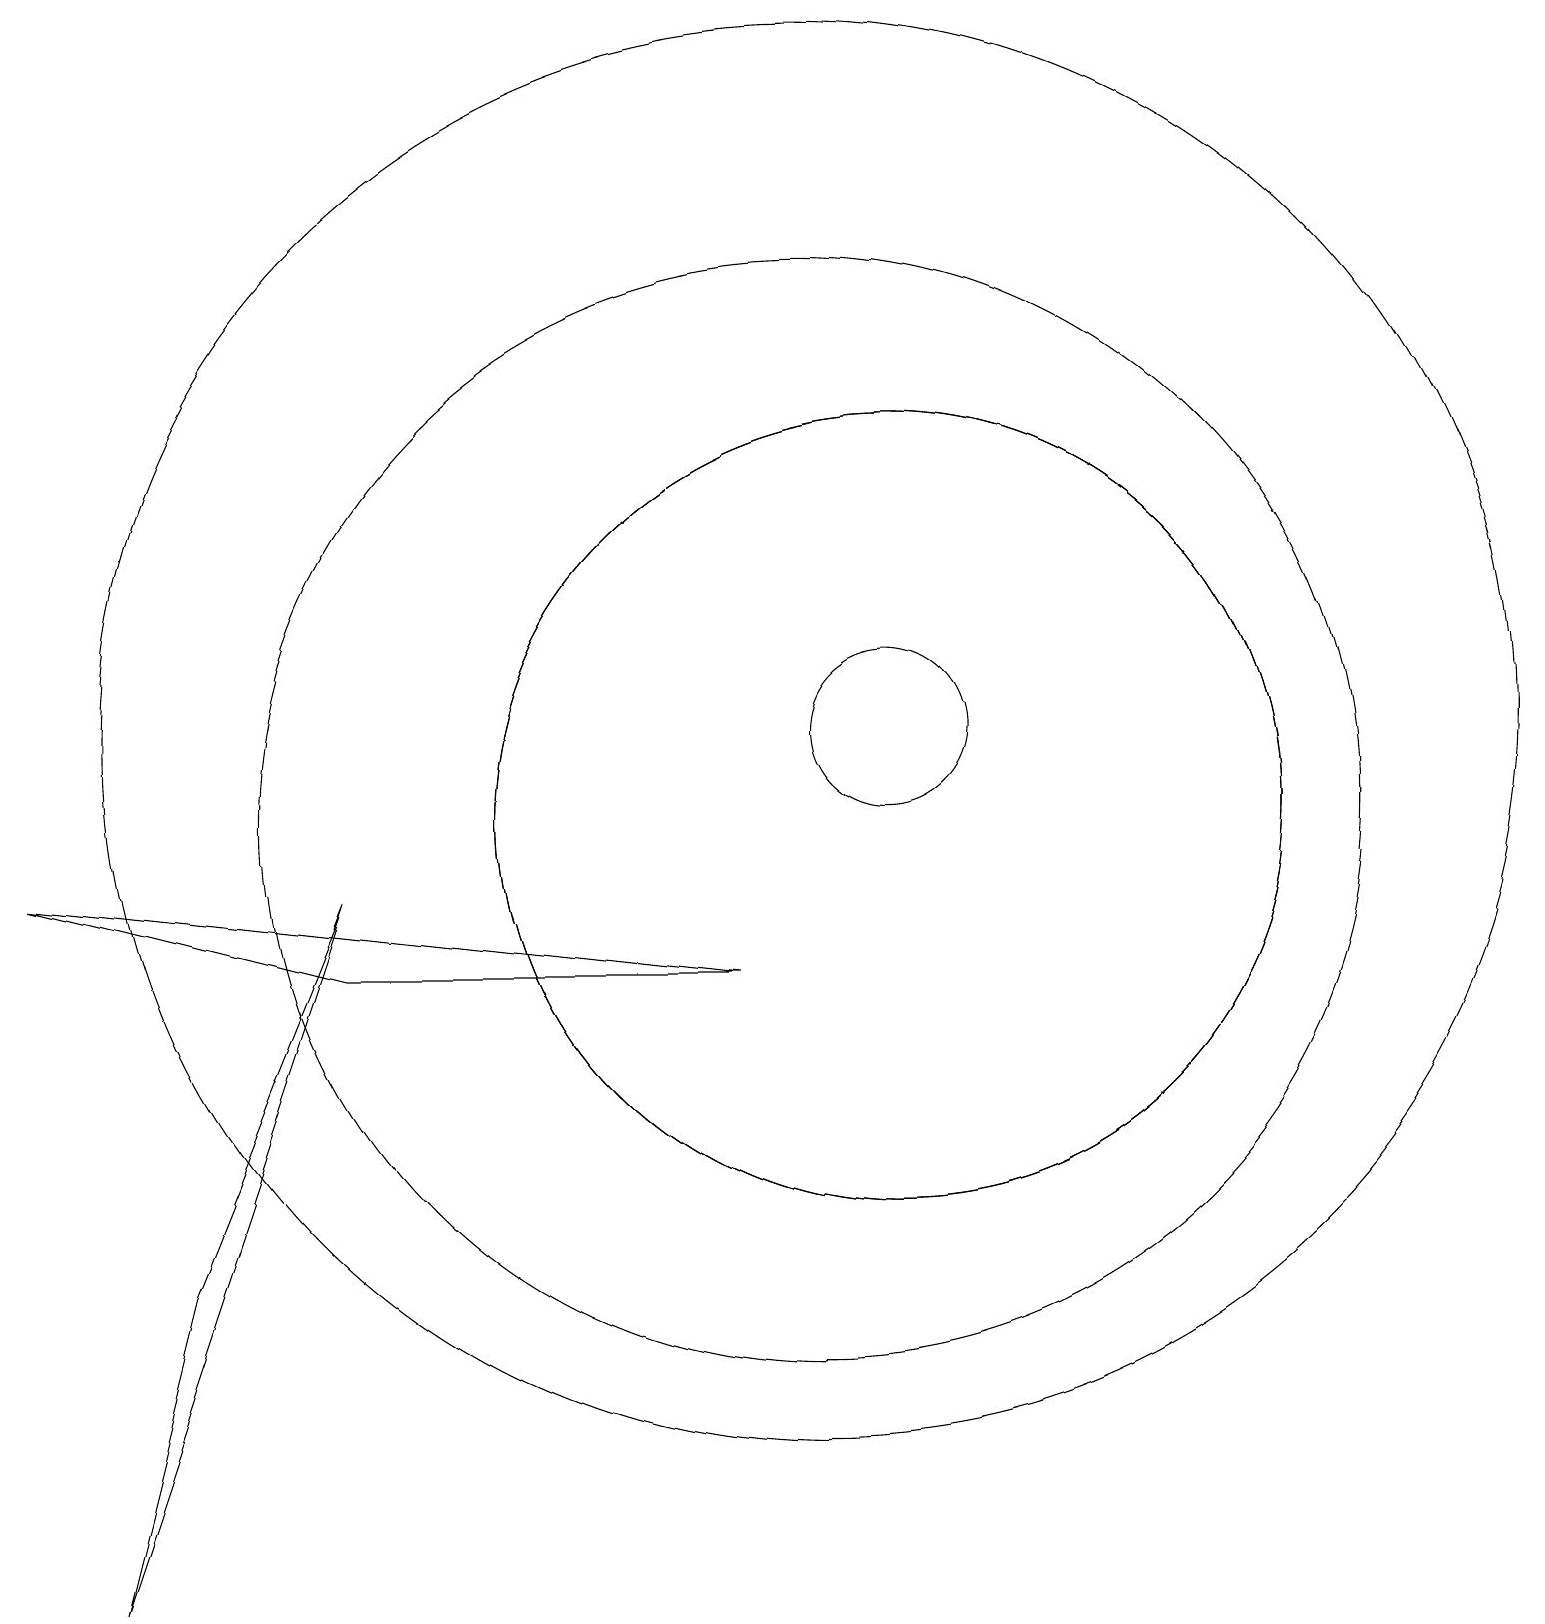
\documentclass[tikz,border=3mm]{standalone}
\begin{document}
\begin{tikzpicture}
\draw (1,0) -- (2,4) -- (4,9) -- cycle;
\draw (11,10) circle (5);
\draw (10,11) circle (9);
\draw (10,10) circle (7);
\draw (11,11) circle (1);
\draw (0,9) -- (9,8) -- (4,8) -- cycle;
\draw (11,10) circle (5);
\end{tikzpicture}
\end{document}